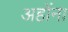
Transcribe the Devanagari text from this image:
अहोंना